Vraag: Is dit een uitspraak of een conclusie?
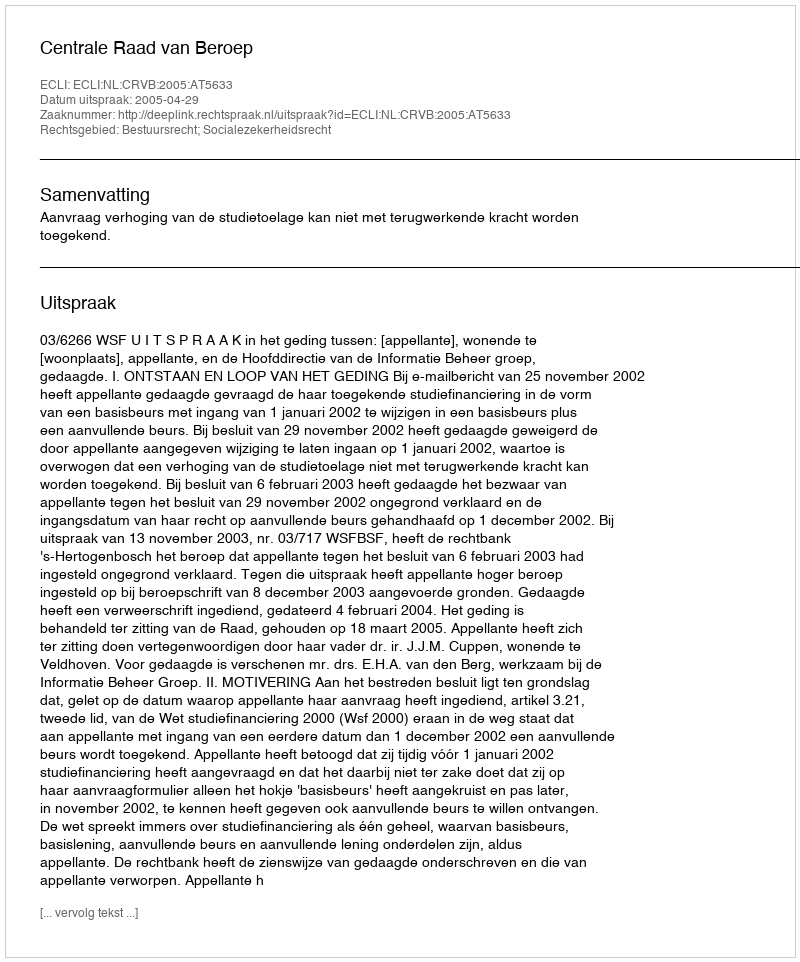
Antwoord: Uitspraak